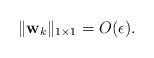
LaTeX: \begin{align*}\|{\bf{w}}_{k}\|_{1\times 1}=O(\epsilon).\end{align*}